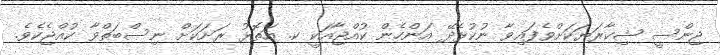
ޖިންސީ ޝިކާރަޔަކަށްވެފައިވާ ނުކުޅެދޭ އަންހެން ކުއްޖާއަކީ ކ. އަތޮޅު ރަށަކަށް ނިސްބަތްވާ ކުއްޖެކެވެ.